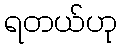
ရတယ်ဟု